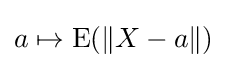
a\mapsto \operatorname {E} (\|X-a\|)